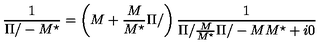
\frac { 1 } { { \Pi / } - M ^ { \star } } = \left( M + \frac { M } { M ^ { \star } } { \Pi / } \right) \frac { 1 } { { \Pi / } \frac { M } { M ^ { \star } } { \Pi / } - M M ^ { \star } + i 0 }